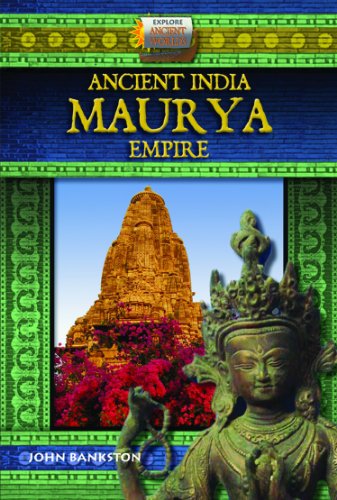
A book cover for Ancient India/Maurya Empire (Explore Ancient Worlds); John Bankston; Children's Books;